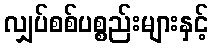
လျှပ်စစ်ပစ္စည်းများနှင့်